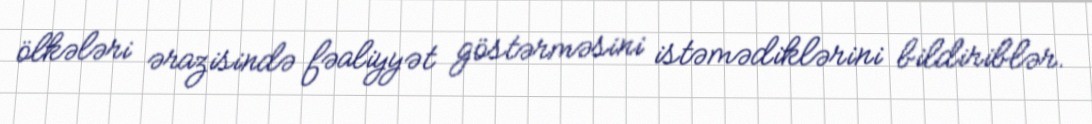
ölkələri ərazisində fəaliyyət göstərməsini istəmədiklərini bildiriblər.